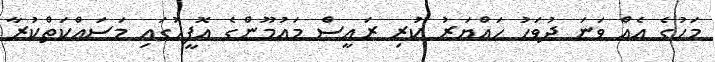
މަހުގެ އެއް ވަނަ ދުވަހު ހައްޔަރު ކުރި ރައީސް މައުމޫންގެ އޮފީހުގައި މަސައްކަތްކުރާ